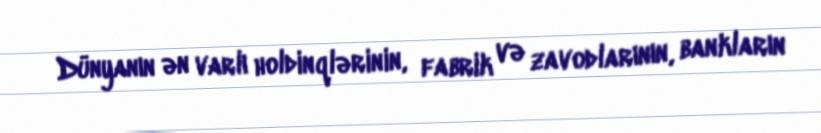
Dünyanın ən varlı holdinqlərinin, fabrik və zavodlarının, bankların